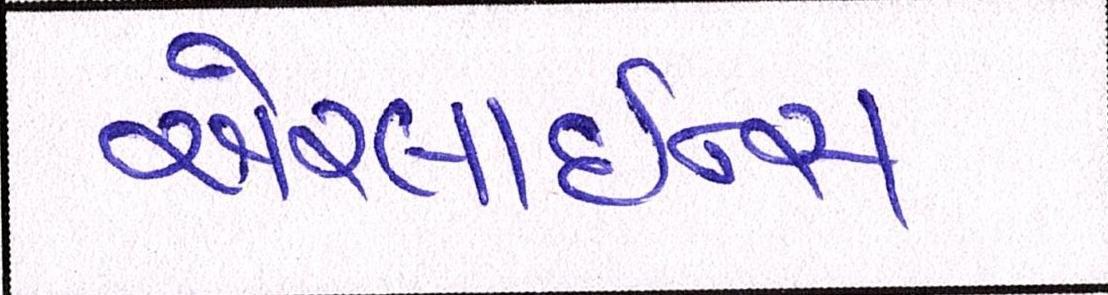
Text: એરલાઇન્સ